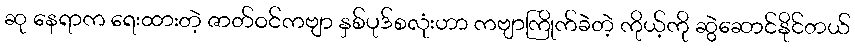
ဆု နေရာက ရေးထားတဲ့ ဇာတ်ဝင်ကဗျာ နှစ်ပုဒ်စလုံးဟာ ကဗျာကြိုက်ခဲတဲ့ ကိုယ့်ကို ဆွဲဆောင်နိုင်တယ်